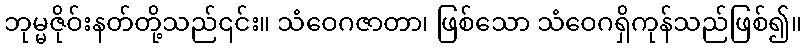
ဘုမ္မဇိုဝ်းနတ်တို့သည်၎င်း။ သံဝေဂဇာတာ၊ ဖြစ်သော သံဝေဂရှိကုန်သည်ဖြစ်၍။